ELKNU_Lihula_Rajoonikomitee, lk 8
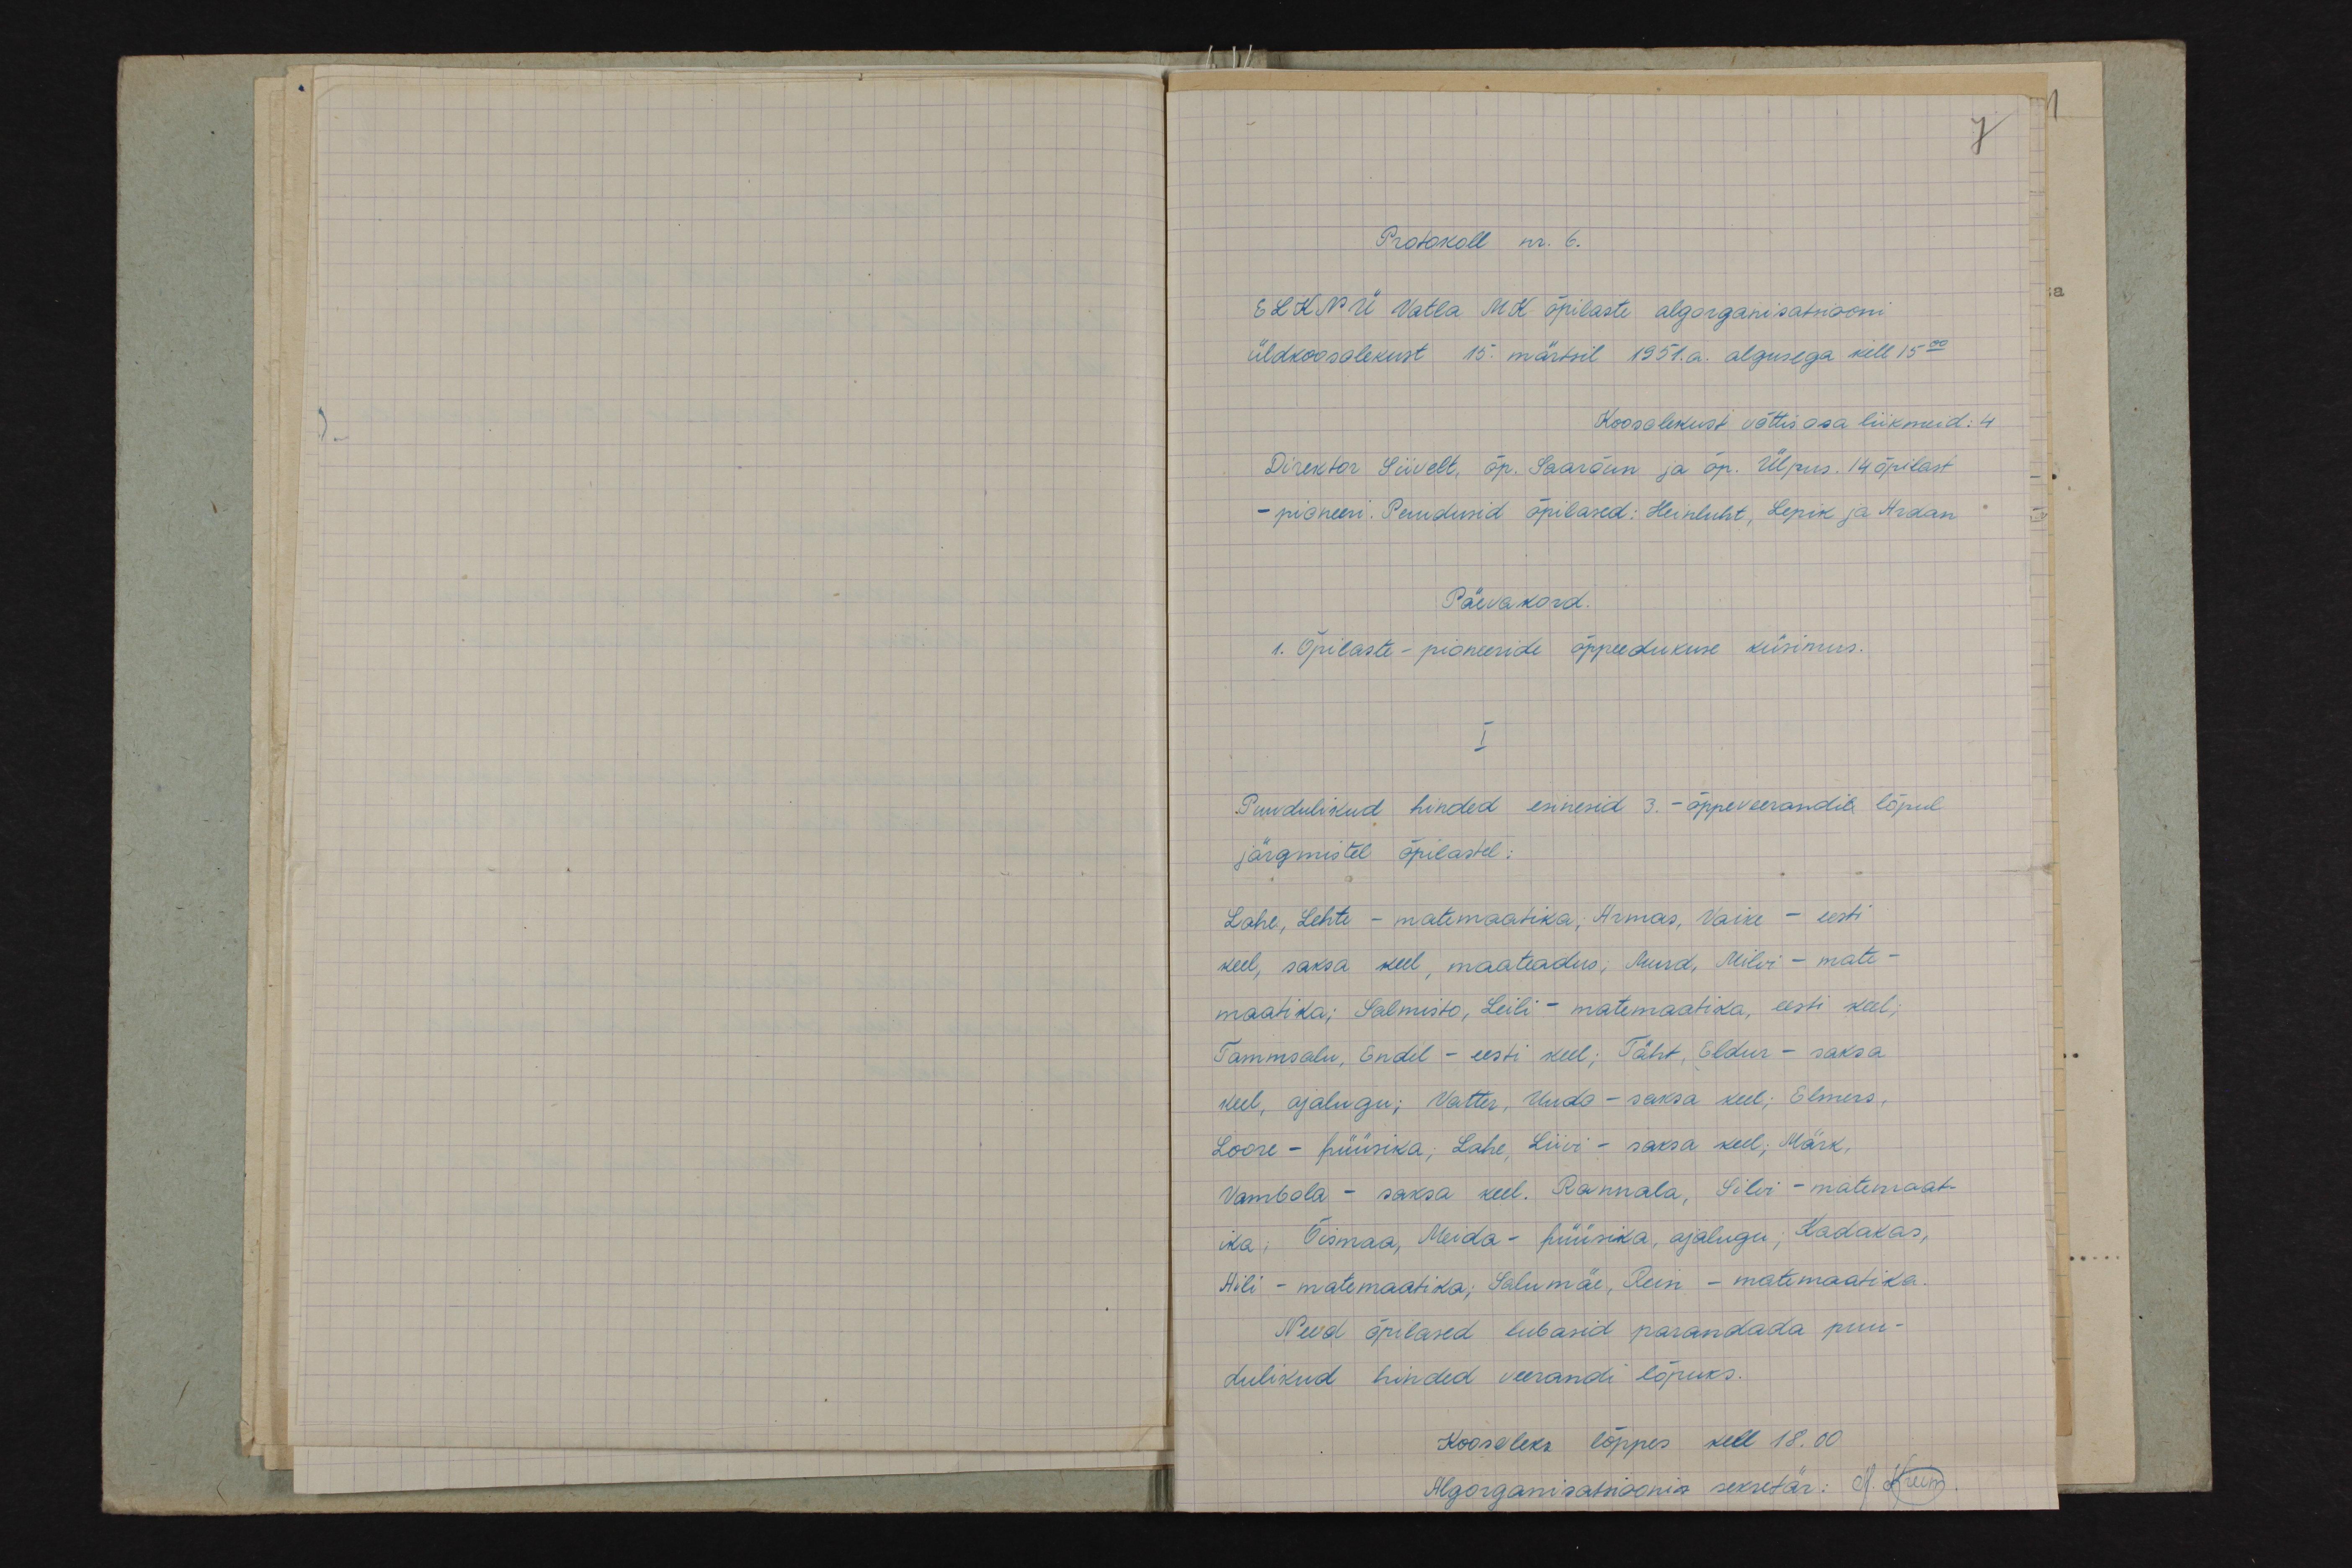
7
Protokoll nr. 6.
ELKNÜ Vatla MK õpilaste algorganisatsiooni
üldkoosolekust 15. märtsil 1951.a. algusega kell 15.00
Koosolekust võttis osa liikmeid: 4
Direktor Siivelt, õp. Saarõun ja õp. Ülpus 14 õpilast
- pioneeri. Puudusid õpilased: Heinluht, Lepik ja Aidan
Päevakord.
1. Õpilaste- pioneeride õppeedukuse küsimus.
I
Puudulikud hinded esinesid 3. - õppeveerandil lõpul
järgmistel õpilastel:
Lahe, Lehte - matemaatika, Armas, Vaike - eesti
keel, saksa keel, maateadus; Murd, Milvi -mate-
maatika; Salmisto, Leili - matemaatika, eesti keel;
Tammsalu, Endel - eesti keel; Täht, Eldur - saksa,
keel, ajalugu; Vatter, Uudo - saksa keel; Elmers,
Loore - püüsika, Lahe Liivi - saksa keel; Märk,
Vambola - saksa keel. Rannala, Silvi - matemaat-
ika: Õismaa, Meida - füüsika, ajalugu, Kadakas,
Hili - matemaatidka; Salumäe, Rein - matemaatika.
Need õpilased lubasid parandada puu-
dulikud hinded veerandi lõpuks.
Koosolek lõppes kell 18.00
Algorganisamoonis sekretär: N. Kreim.